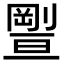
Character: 𠠊